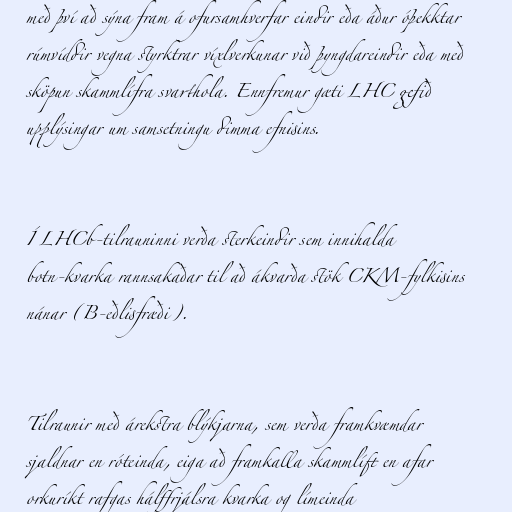
með því að sýna fram á ofursamhverfar eindir eða áður óþekktar
rúmvíddir vegna styrktrar víxlverkunar við þyngdareindir eða með
sköpun skammlífra svarthola. Ennfremur gæti LHC gefið
upplýsingar um samsetningu dimma efnisins.

Í LHCb-tilrauninni verða sterkeindir sem innihalda
botn-kvarka rannsakaðar til að ákvarða stök CKM-fylkisins
nánar (B-eðlisfræði).

Tilraunir með árekstra blýkjarna, sem verða framkvæmdar
sjaldnar en róteinda, eiga að framkalla skammlíft en afar
orkuríkt rafgas hálffrjálsra kvarka og límeinda